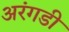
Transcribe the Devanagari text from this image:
अरंगडी